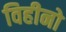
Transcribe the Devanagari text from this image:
विहीनो